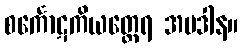
စင်္ကောဋကိယတ္ထေရ အပဒါန။